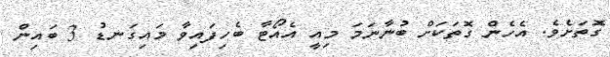
ގޮތަށެވެ. އެހެން ގޮތަކަށް ބުނާނަމަ މިއީ އެއޯޓާ ބެހިފައިވާ މައިގަނޑު 3 ބައިން